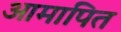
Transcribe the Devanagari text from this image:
आमापित